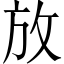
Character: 放